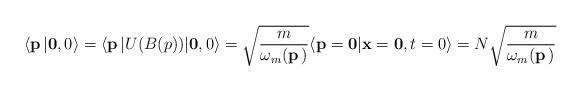
LaTeX: \begin{align*}\langle {\bf p}\, \vert {\bf 0} ,0 \rangle =\langle {\bf p}\, \vert U(B(p) ) \vert {\bf 0} ,0 \rangle = \sqrt{{m \over \omega_m ({\bf p} \,)} }\langle {\bf p}={\bf 0} \vert {\bf x}={\bf 0},t=0 \rangle =N \sqrt{{m \over \omega_m ({\bf p} \,)} }\end{align*}